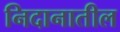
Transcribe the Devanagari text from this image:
निदानातील